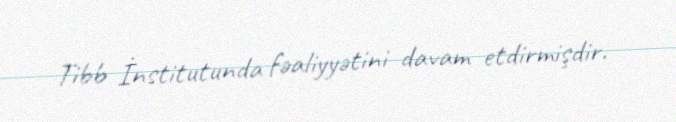
Tibb İnstitutunda fəaliyyətini davam etdirmişdir.